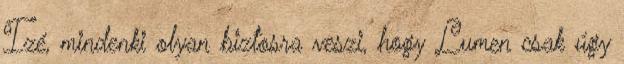
Izé, mindenki olyan biztosra veszi, hogy Lumen csak úgy